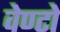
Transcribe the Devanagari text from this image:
वेण्टो